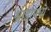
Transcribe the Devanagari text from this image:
श्राद्धामध्ये